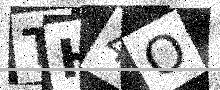
Text: TH4O